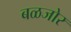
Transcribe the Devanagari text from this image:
बळजोर